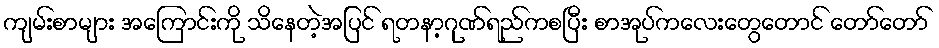
ကျမ်းစာများ အကြောင်းကို သိနေတဲ့အပြင် ရတနာ့ဂုဏ်ရည်ကစပြီး စာအုပ်ကလေးတွေတောင် တော်တော်